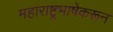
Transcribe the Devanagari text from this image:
महाराष्ट्रभाषेकरून